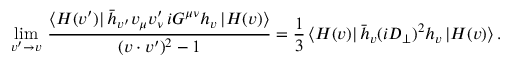
\operatorname * { l i m } _ { v ^ { \prime } \to v } \, \frac { \langle H ( v ^ { \prime } ) | \, \bar { h } _ { v ^ { \prime } } v _ { \mu } v _ { \nu } ^ { \prime } \, i G ^ { \mu \nu } h _ { v } \, | H ( v ) \rangle } { ( v \cdot v ^ { \prime } ) ^ { 2 } - 1 } = \frac 1 3 \, \langle H ( v ) | \, \bar { h } _ { v } ( i D _ { \perp } ) ^ { 2 } h _ { v } \, | H ( v ) \rangle \, .